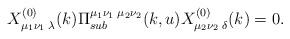
LaTeX: \begin{align*} X^{(0)}_{\mu_1\nu_1\;\lambda}(k)\Pi^{\mu_1\nu_1\;\mu_2\nu_2}_{sub}(k,u) X^{(0)}_{\mu_2\nu_2\;\delta}(k)=0.\end{align*}